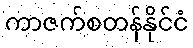
ကာဇက်စတန်နိုင်ငံ